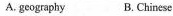
A. geography B. Chinese